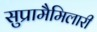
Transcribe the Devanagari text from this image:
सुप्रामैमिलारी